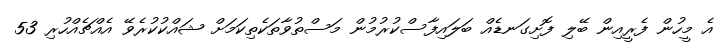
އެ މީހުން ފެރީއިން ބޭލި ފޮށިގަނޑެއް ބަލައިފާސްކުރުމުން މަސްތުވާތަކެތިކަމަށް ޝައްކުކުރެވޭ އެއްޗެއްހުރި 53